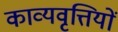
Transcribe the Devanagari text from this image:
काव्यवृत्तियों